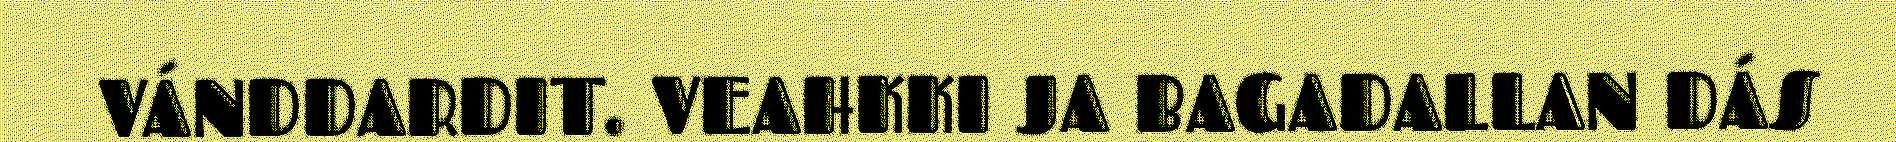
VÁNDDARDIT. VEAHKKI JA BAGADALLAN DÁS